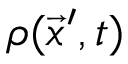
\rho ( \vec { x } ^ { \prime } , t )